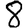
Digit: 8